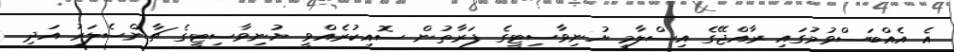
އެ އެއްބަސްވުމުގައި ރާއްޖޭގެ އިސްލާމީ ޔުނިވާސިޓީގެ ފަރާތުން ސޮއިކުރެއްވީ ޔުނިވާސިޓީގެ ޗާންސެލަރު އަދި